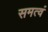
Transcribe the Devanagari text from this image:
समत्वं